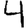
Digit: 4